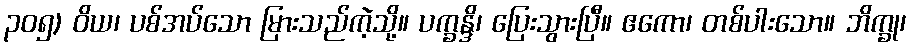
၃၀၅) ဝိယ၊ ပစ်အပ်သော မြားသည်ကဲ့သို့။ ပက္ခန္ဒိ၊ ပြေးသွားပြီ။ ဧကော၊ တစ်ပါးသော။ ဘိက္ခု၊